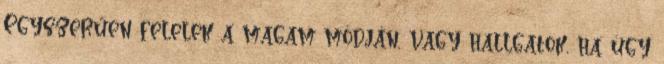
Egyszerűen felelek a magam módján, vagy hallgatok, ha úgy